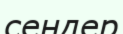
сендер